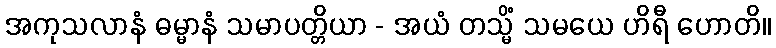
အကုသလာနံ ဓမ္မာနံ သမာပတ္တိယာ - အယံ တသ္မိံ သမယေ ဟိရီ ဟောတိ။